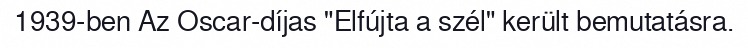
1939-ben Az Oscar-díjas "Elfújta a szél" került bemutatásra.